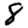
Digit: 8